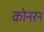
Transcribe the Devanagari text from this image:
कोनरन